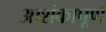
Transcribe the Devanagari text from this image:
आशंकापूर्ण